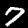
Label: 7